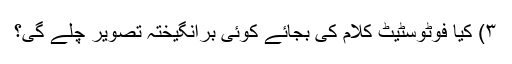
۳) کیا فوٹوسٹیٹ کلام کی بجائے کوئی برانگیختہ تصویر چلے گی؟